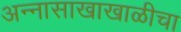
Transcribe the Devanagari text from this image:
अन्नासाखाखाळीचा